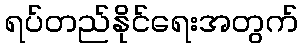
ရပ်တည်နိုင်ရေးအတွက်